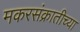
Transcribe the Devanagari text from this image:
मकरसंक्रातीच्या